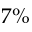
7 \%